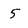
Character: 5